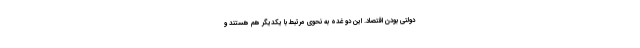
دولتی بودن اقتصاد. این دو غده به نحوی مرتبط با یکدیگر هم هستند و